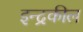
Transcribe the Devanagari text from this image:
इन्द्रकील